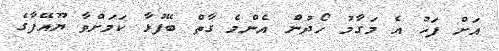
އަށް ފަހު އެ މަގާމު ހޯދުން އެންމެ ގާތް ބޭފުޅާ ކަމަށްވާ ޔޫއޭފާގެ